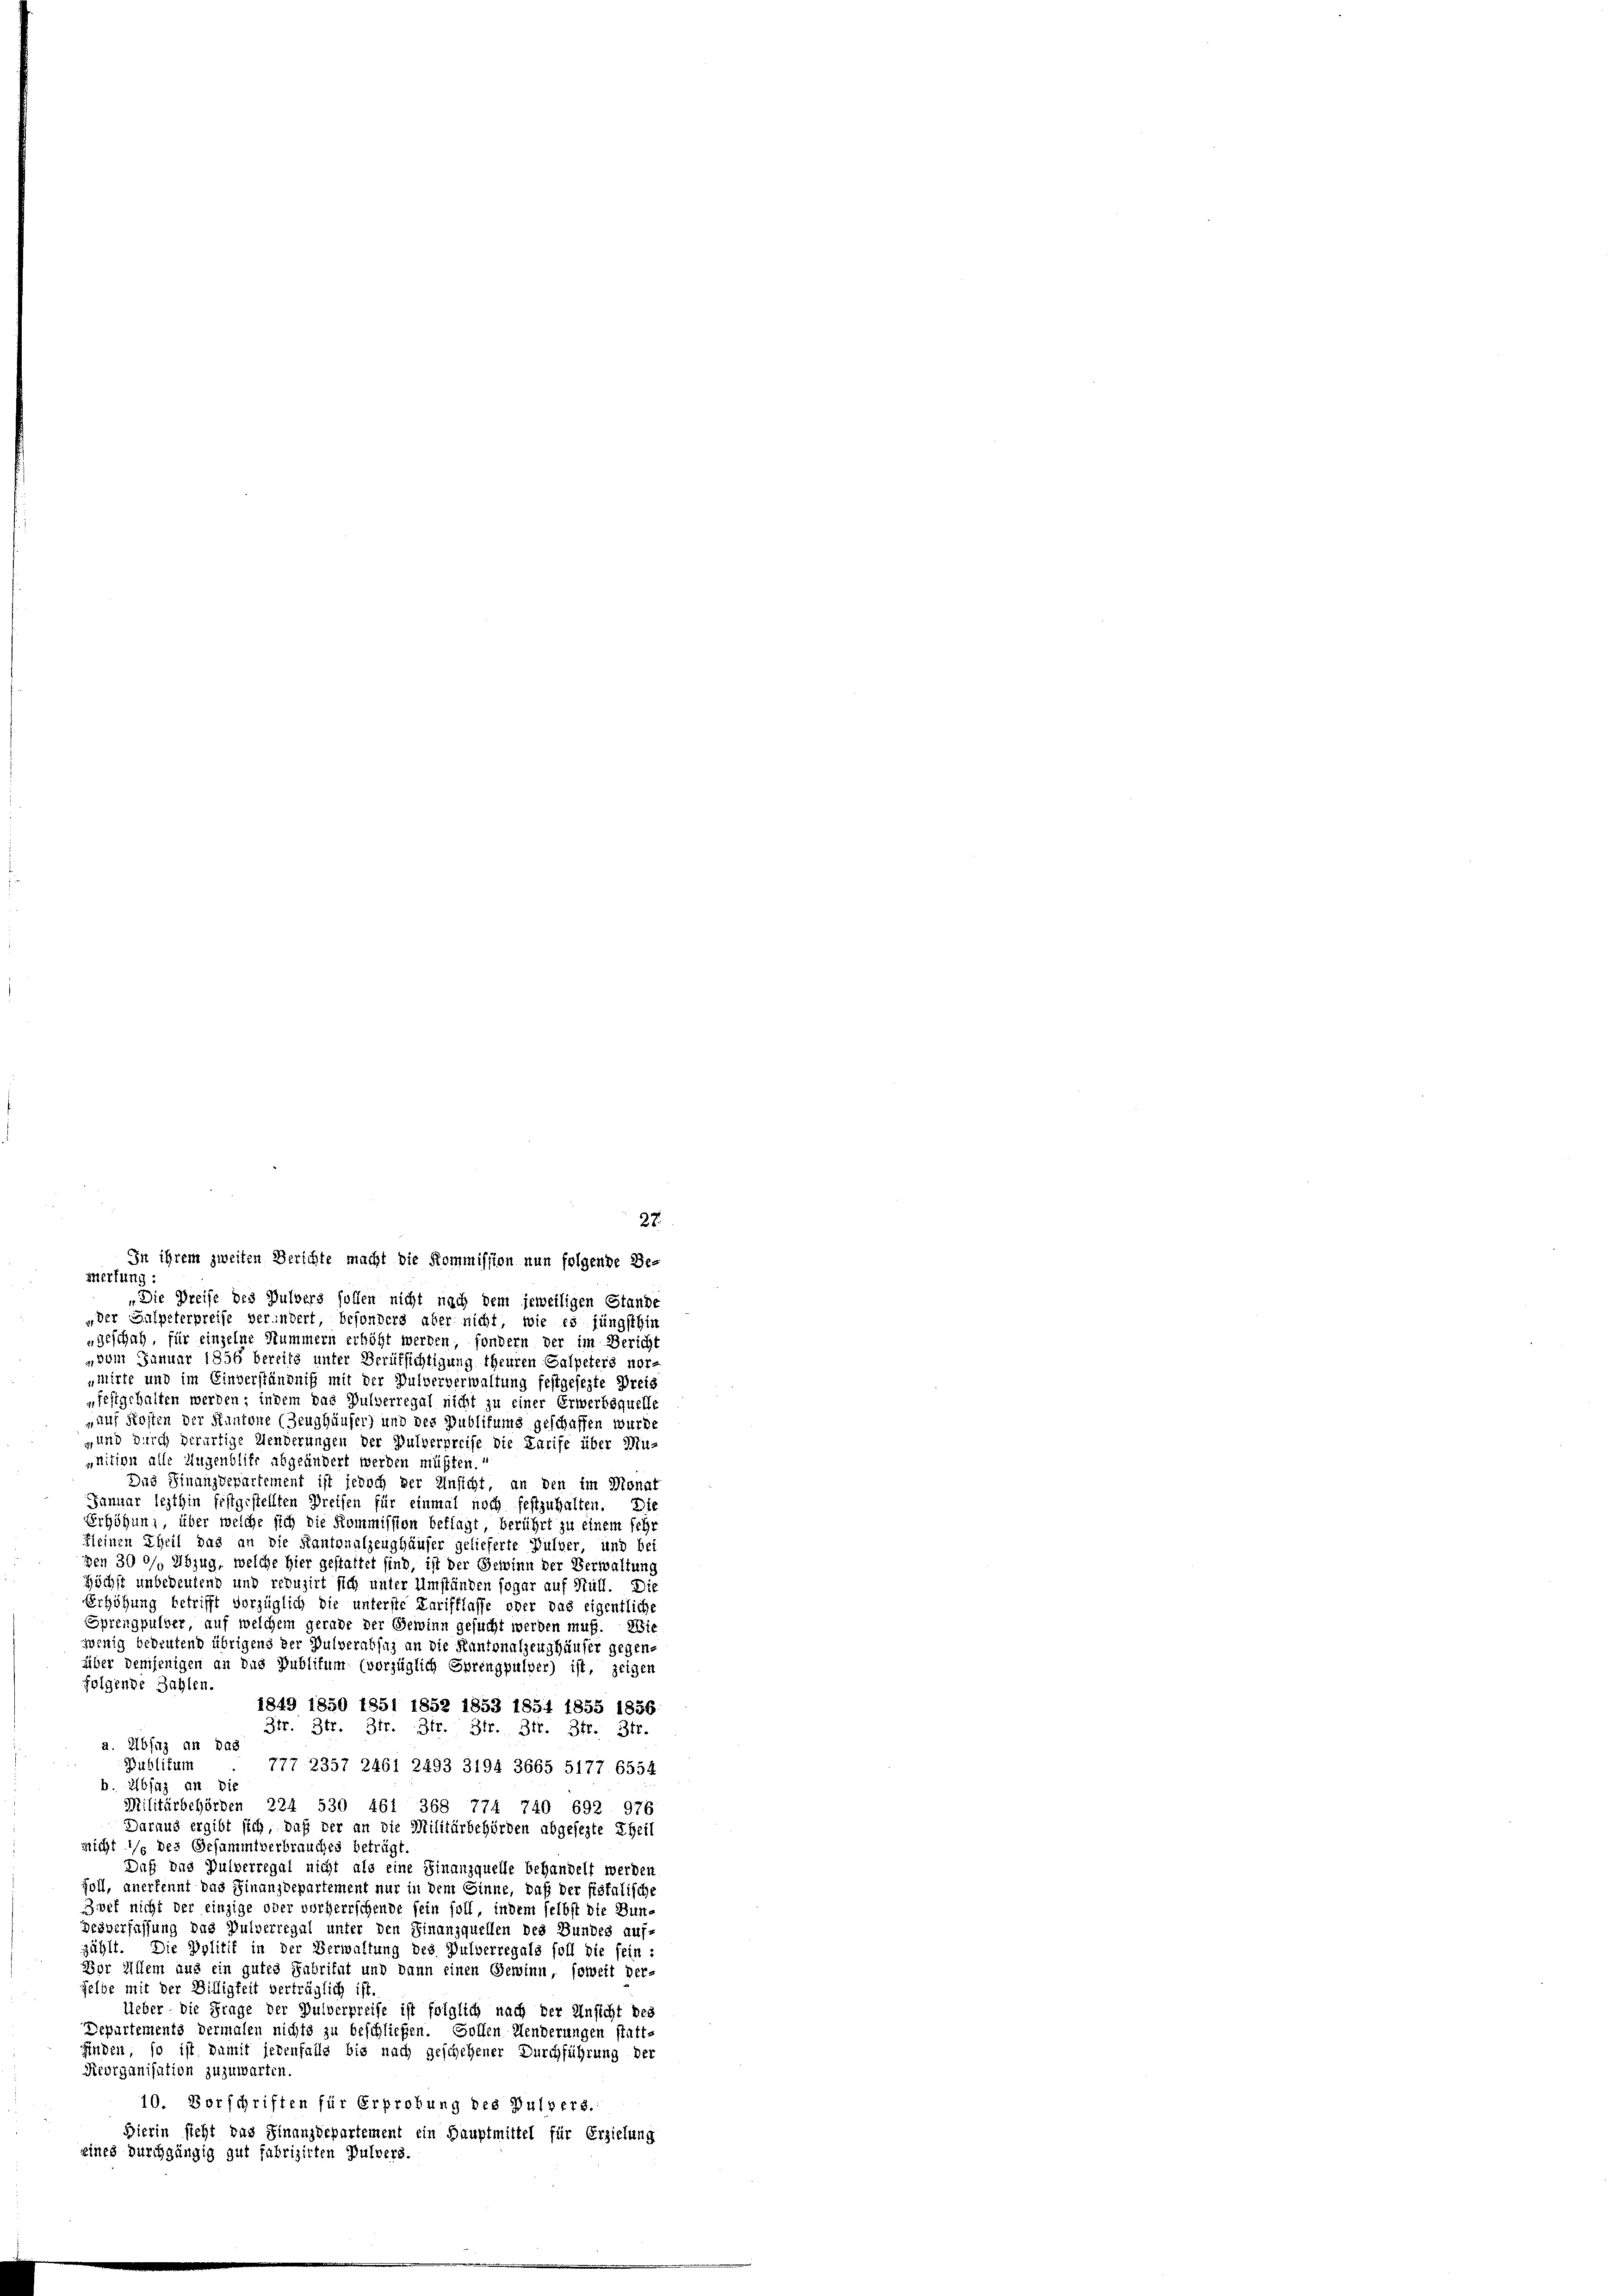
27.
In ihrem zweiten Berichte macht die Kommission nun folgende Be-
Merfung :
„Die Dreife des Pulvers sollen nicht nach dem jeweiligen Stande
„der Salpeterpreise verändert, besonders aber nicht, wie es jüngsthin
"geschah, für einzelne Stummern erhöht werden, sondern der im Bericht
» vom Januar 1856 bereits unter Berufsichtigung theuren Calpeters nor-
„mirte und im Einverständniß mit der Pulververwaltung festgesezte Dreis
„festgehalten werden; indem das Pulverregal nicht zu einer Erwerbsquelle
„auf Kosten der Kantone (Zeughäuser) und des Publikums geschaffen wurde
,und durch derartige Aenderungen der Pulverpreise die Karife über Mugnition alle Augenblier abgeändert werden müßten.“
Das Finanzdepartement ist jedoch der Einsicht, an den im Monat
Januar lezthin festgestellten Preisen für einmal noch festzuhalten. Die
Erhöhung, über welche sich die Kommission beklagt, berührt zu einem sehr
Kleinen Theil das an die Kantonalzeughäuser gelieferte Pulver, und bei
Den 300/0 Abzug, welche Hier gestattet sind, ist der Gewinn der Verwaltung
Höchst unbedeutend und reduzirt sich unter Umständen sogar auf Hüll. Die
Erhöhung betrifft vorzüglich die unterste Tarifflasse oder das eigentlichs
Sprengpulver, auf welchem gerade der Gewinn gesucht werden muß. Wie
wenig bedeutend übrigens der Pulverabsaz an die Kantonalzeughäuser gegenüiber demjenigen an das Publikum (vorzüglich Sprengpulver) ist, zeigen
folgende Zahlen.
1849 1850 1851 1852 1853 1854 1855 1836
3fr. Ztr. 3fr. 3fr. 3fr. 3fr. 3fr. 3fr.
a. Abfaz an das
Publikum 777 2357 2461 2493 3194 3665 5177. 6554
b. Elbfaz an die
Militärbehörden 224 530 461 368 774 740 692 976
Daraus ergibt sich, daß der an die Militärbehörden abgesezte Theil
nicht */s des Gesammtverbrauches beträgt
Daß das Pulverregal nicht als eine Finanzquelle behandelt werden
soll, anerkennt das Finanzdepartement nur in dem Sinne, daß der fiskalische
Zwef nicht der einzige oder vorherrschende sein soll, indem selbst die Bun-
Desverfassung das Pulverregal unter den Finanzquellen des Bundes auf-
zählt. Die Politit in der Verwaltung des Pulverregals soll die fein i
Bor Allem aus ein gutes Fabritat und dann einen Gewinn, soweit der-
gelbe mit der Billigkeit verträglich ist
Ueber die Frage der Duiberpreise ist folglich nach der Unsicht beg
Departements dermalen nichts zu beschließen. Sollen Menderungen statt-
finden, so ist damit jedenfalls bis nach geschehener Durchführung der
Reorganisation zuzuwarten
10. Verschriften für Erprobung des Pulvers.
Bierin sieht das Finanzdepartement ein Hauptmittel für Erzielung
eines durchgängig gut fabrizirten Pulvers